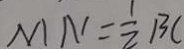
M N = \frac { 1 } { 2 } B C